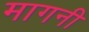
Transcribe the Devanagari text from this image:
मागनी